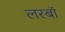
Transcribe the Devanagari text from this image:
लरबॉ